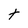
Character: t